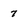
Character: 7